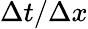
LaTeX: \Delta t/\Delta x